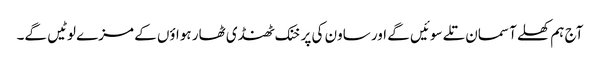
آج ہم کھلے آسمان تلے سوئیں گے اور ساون کی پرخنک ٹھنڈی ٹھار ہواؤں کے مزے لوٹیں گے۔